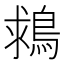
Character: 𪁖